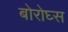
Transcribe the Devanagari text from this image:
बोरोघ्स